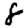
Digit: 8